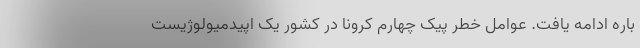
باره ادامه یافت. عوامل خطر پیک چهارم کرونا در کشور یک اپیدمیولوژیست